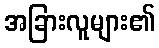
အခြားလူများ၏